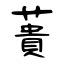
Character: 蕢